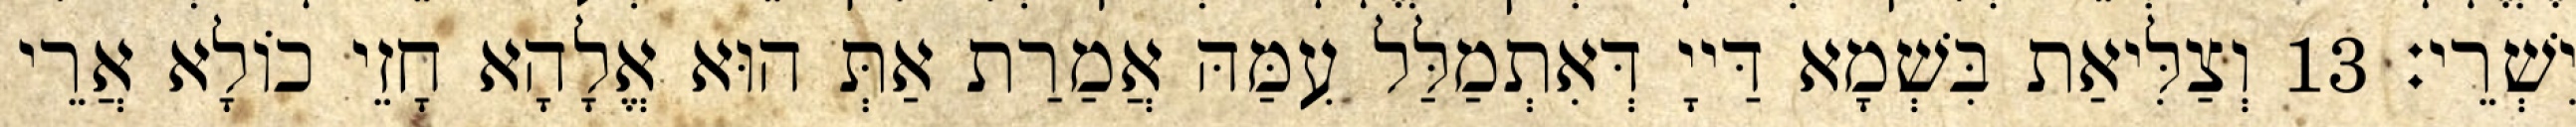
יִשְׁרֵי׃ 13 וְצַלִּיאַת בִּשְׁמָא דַּייָ דְּאִתְמַלַּל עִמַּהּ אֲמַרַת אַתְּ הוּא אֱלָהָא חָזֵי כוֹלָא אֲרֵי